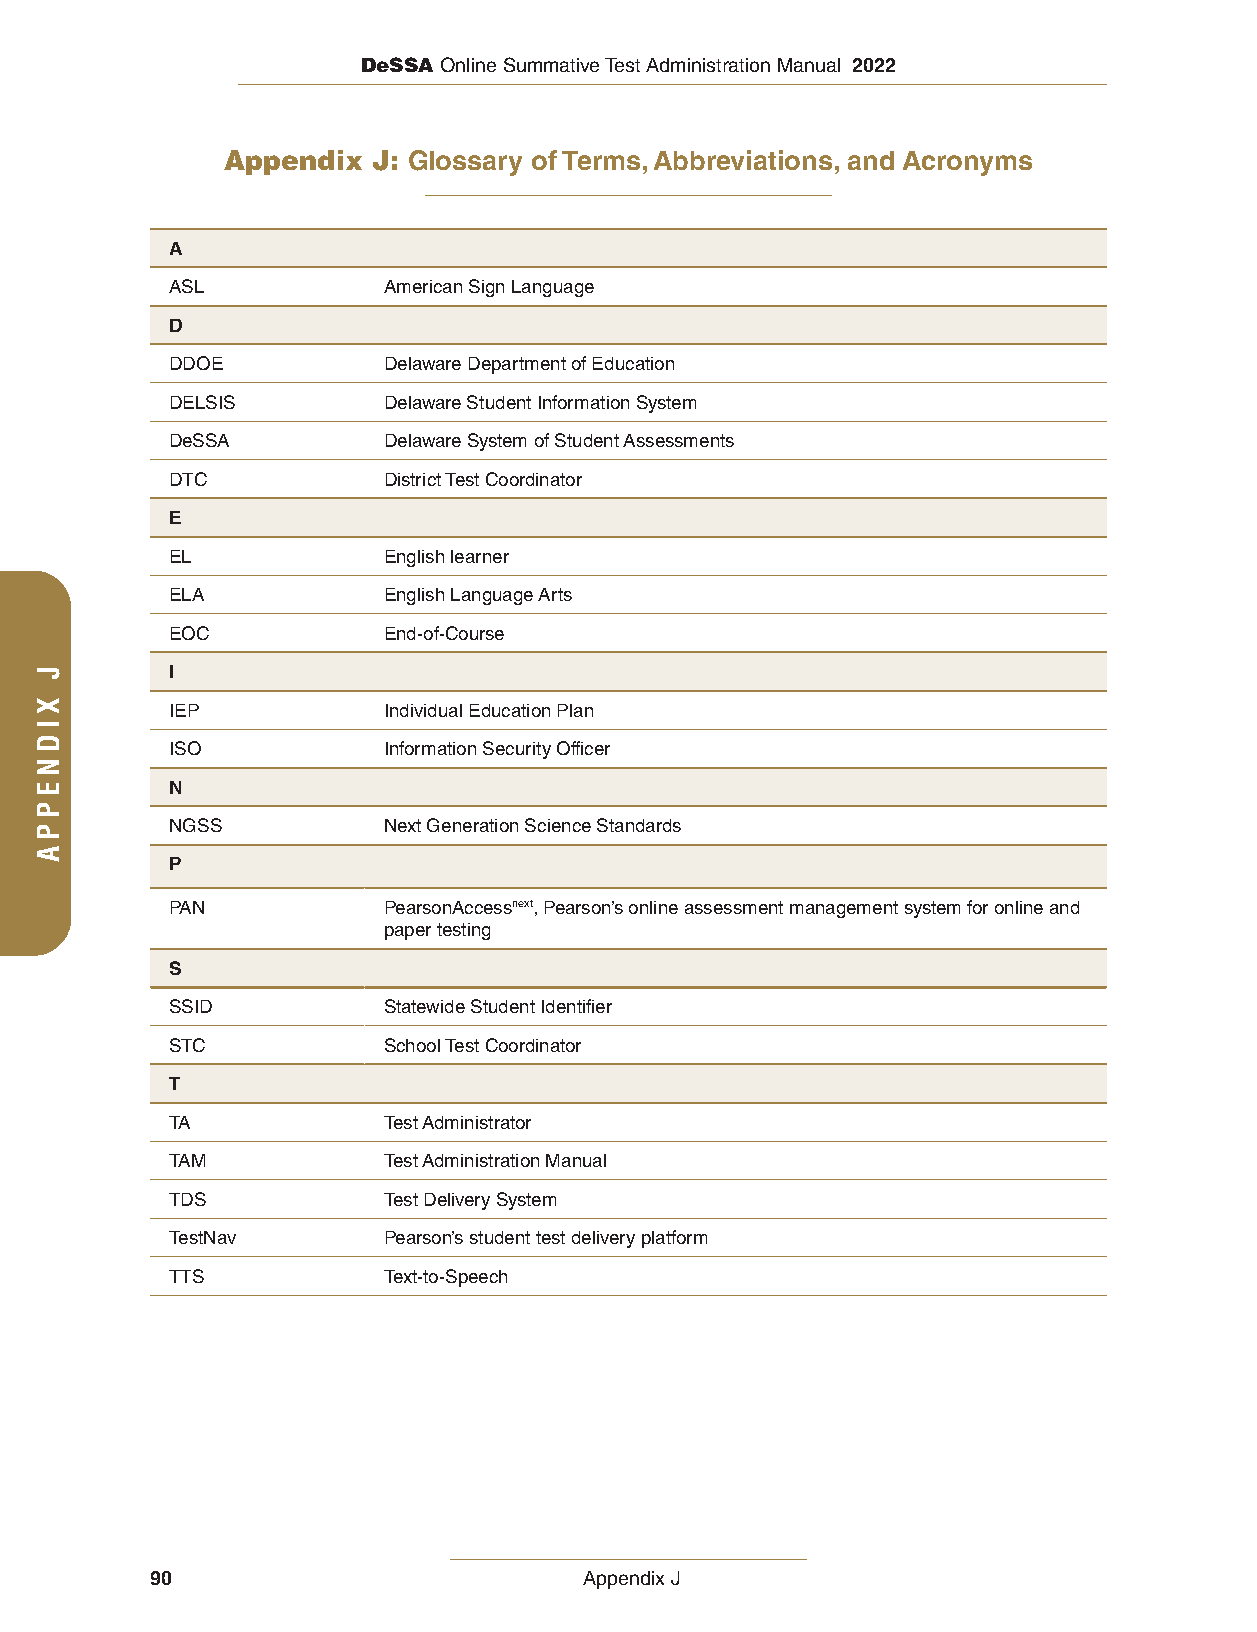
DeSSA Online Summative Test Administration Manual 2022
 Appendix  J: Glossary of Terms, Abbreviations, and Acronyms
 A
 ASL           American Sign Language
 D
 DDOE          Delaware Department of Education
 DELSIS        Delaware Student Information System
 DeSSA         Delaware System of Student Assessments
 DTC           District Test Coordinator
 E
 EL            English learner
 ELA           English Language Arts
 EOC           End-of-Course
 I
 IEP           Individual Education Plan
 ISO           Information Security Officer
 N
 NGSS          Next Generation Science Standards
 P
 PAN           PearsonAccessnext, Pearson’s online assessment management system for online and
 paper testing
 S
 SSID          Statewide Student Identifier
 STC           School Test Coordinator
 T
 TA            Test Administrator
 TAM           Test Administration Manual
 TDS           Test Delivery System
 TestNav       Pearson’s student test delivery platform
 TTS           Text-to-Speech
 90                           Appendix J
 J
 XIDNEPPA